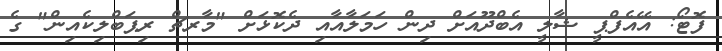
ފޮޓޯ: އޭއެފްޕީ ޝާލީ އެބްދޫއަށް ދިން ހަމަލާއާއި ދެކޮޅަށް "މާރޗް ރިޕަބްލިކެއިން" ގެ